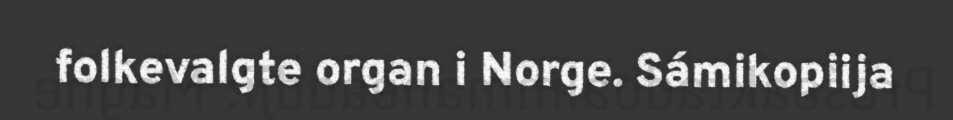
folkevalgte organ i Norge. Sámikopiija